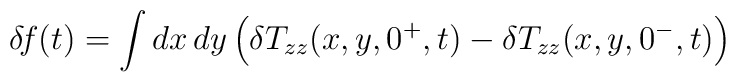
\delta\!f(t) = \int dx\, dy\left(\delta T_{zz}(x,y,0^+,t)-\delta T_{zz}(x,y,0^-,t)\right)